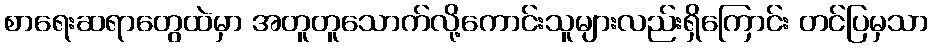
စာရေးဆရာတွေထဲမှာ အတူတူသောက်လို့ကောင်းသူများလည်းရှိကြောင်း တင်ပြမှသာ